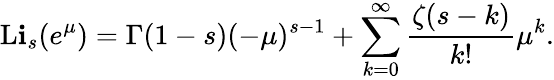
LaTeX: \operatorname{L\mathbf{i}}_{s}(e^{\mu})=\Gamma(1-s)(-\mu)^{s-1}+\sum_{k=0}^{\infty}{\frac{{\zeta(s-k)}}{{k!}}}\mu^{k}.